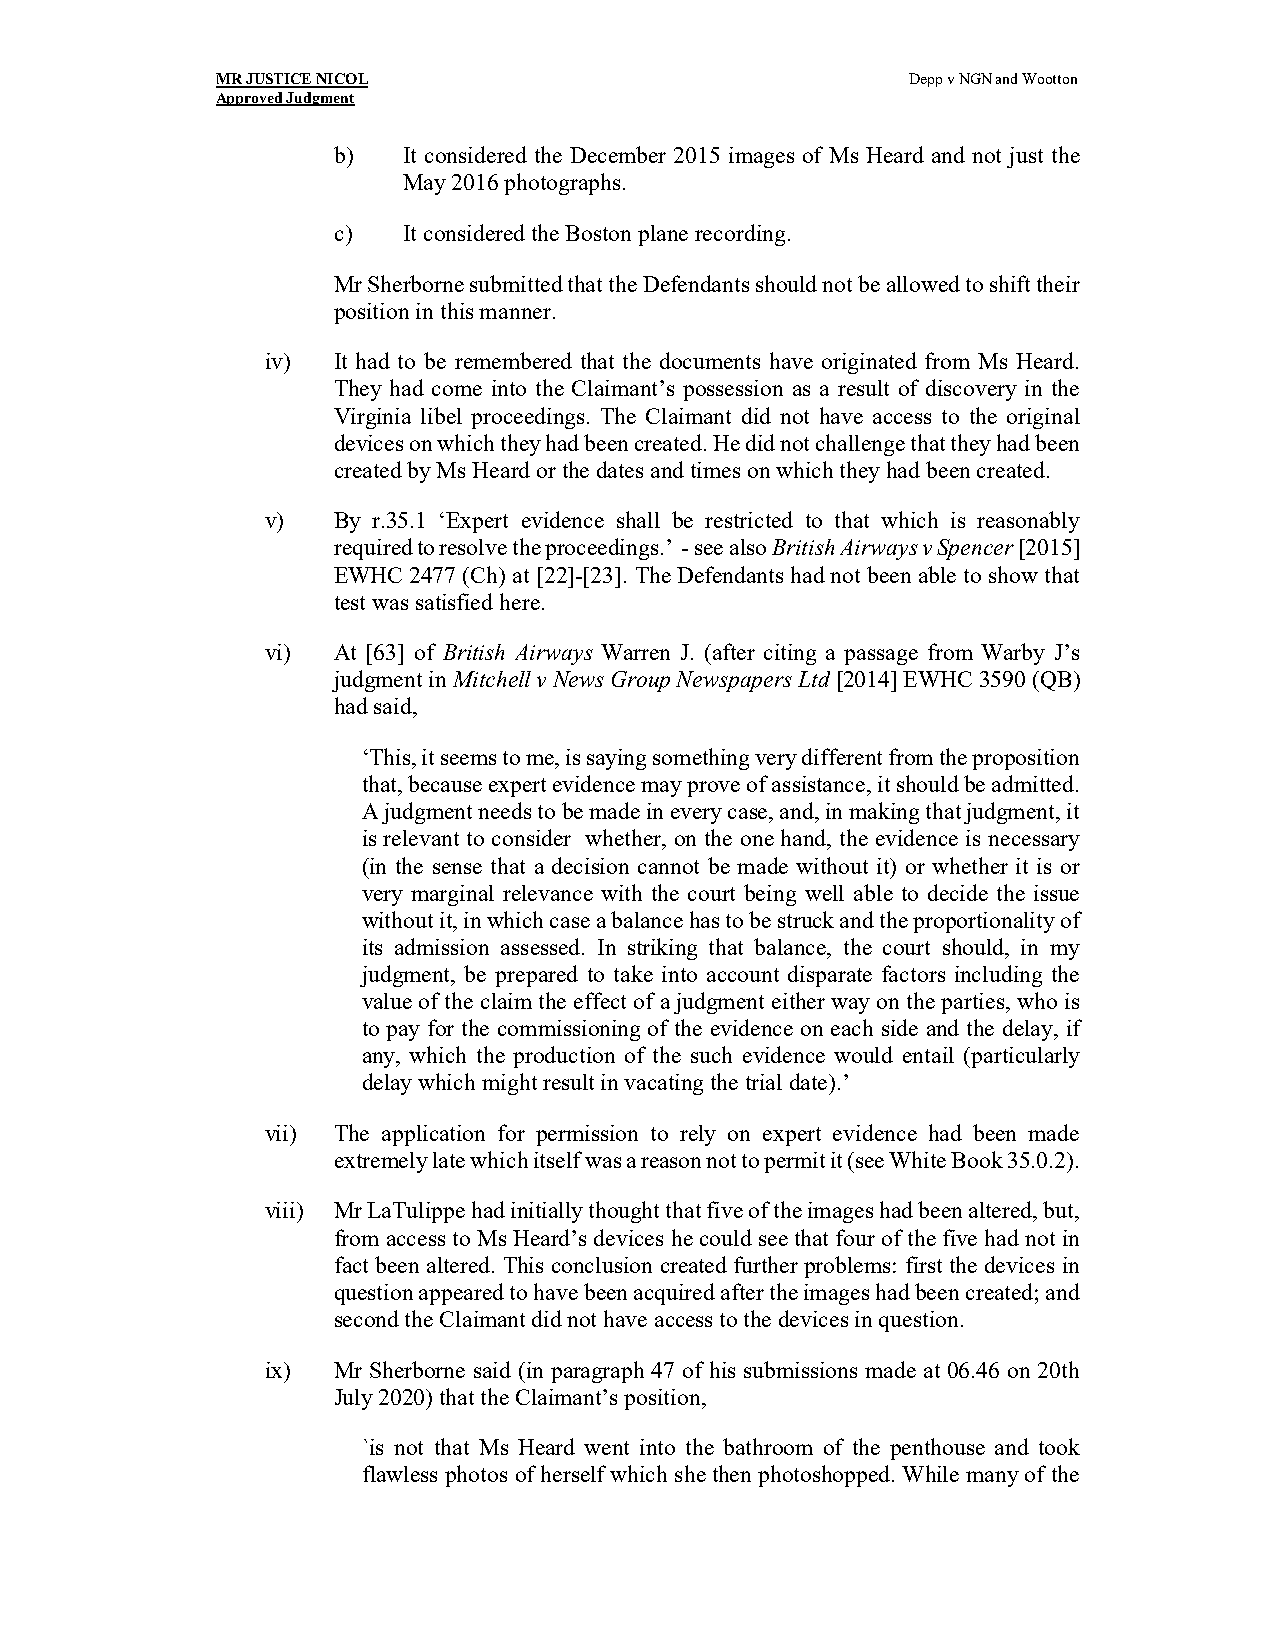
MR JUSTICE NICOL                              Depp v NGN and Wootton
 Approved Judgment
 b)   It considered the December 2015 images of Ms Heard and not just the
 May 2016 photographs.
 c)   It considered the Boston plane recording.
 Mr Sherborne submitted that the Defendants should not be allowed to shift their
 position in this manner.
 iv) It had to be remembered that the documents have originated from Ms Heard.
 They had come into the Claimant’s possession as a result of discovery in the
 Virginia libel proceedings. The Claimant did not have access to the original
 devices on which they had been created. He did not challenge that they had been
 created by Ms Heard or the dates and times on which they had been created.
 v)  By r.35.1 ‘Expert evidence shall be restricted to that which is reasonably
 required to resolve the proceedings.’ - see also British Airways v Spencer [2015]
 EWHC 2477 (Ch) at [22]-[23]. The Defendants had not been able to show that
 test was satisfied here.
 vi) At [63] of British Airways Warren J. (after citing a passage from Warby J’s
 judgment in Mitchell v News Group Newspapers Ltd [2014] EWHC 3590 (QB)
 had said,
 ‘This, it seems to me, is saying something very different from the proposition
 that, because expert evidence may prove of assistance, it should be admitted.
 A judgment needs to be made in every case, and, in making that judgment, it
 is relevant to consider whether, on the one hand, the evidence is necessary
 (in the sense that a decision cannot be made without it) or whether it is or
 very marginal relevance with the court being well able to decide the issue
 without it, in which case a balance has to be struck and the proportionality of
 its admission assessed. In striking that balance, the court should, in my
 judgment, be prepared to take into account disparate factors including the
 value of the claim the effect of a judgment either way on the parties, who is
 to pay for the commissioning of the evidence on each side and the delay, if
 any, which the production of the such evidence would entail (particularly
 delay which might result in vacating the trial date).’
 vii) The application for permission to rely on expert evidence had been made
 extremely late which itself was a reason not to permit it (see White Book 35.0.2).
 viii) Mr LaTulippe had initially thought that five of the images had been altered, but,
 from access to Ms Heard’s devices he could see that four of the five had not in
 fact been altered. This conclusion created further problems: first the devices in
 question appeared to have been acquired after the images had been created; and
 second the Claimant did not have access to the devices in question.
 ix) Mr Sherborne said (in paragraph 47 of his submissions made at 06.46 on 20th
 July 2020) that the Claimant’s position,
 `is not that Ms Heard went into the bathroom of the penthouse and took
 flawless photos of herself which she then photoshopped. While many of the